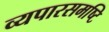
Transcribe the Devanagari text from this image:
व्यपारसमष्टि